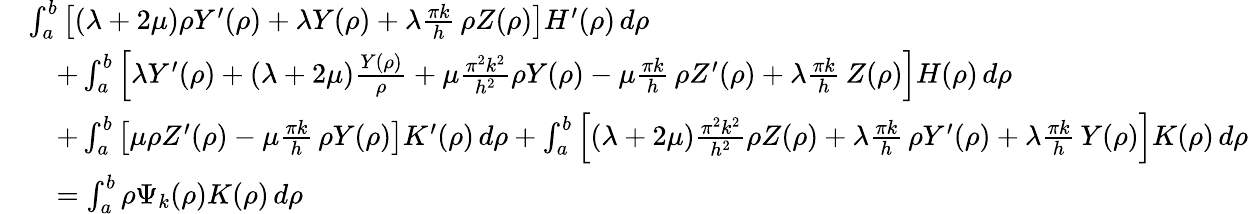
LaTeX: \begin{array}{rl}&{\int_{a}^{b}\left[(\lambda+2\mu)\rho Y^{\prime}(\rho)+\lambda Y(\rho)+\lambda\frac{\pi k}{h}\, \rho Z(\rho)\right]H^{\prime}(\rho)\, d\rho}\\ &{\quad+\int_{a}^{b}\left[\lambda Y^{\prime}(\rho)+(\lambda+2\mu)\frac{Y(\rho)}{\rho}+\mu\frac{\pi^{2}k^{2}}{h^{2}}\rho Y(\rho)-\mu\frac{\pi k}{h}\, \rho Z^{\prime}(\rho)+\lambda\frac{\pi k}{h}\, Z(\rho)\right]H(\rho)\, d\rho}\\ &{\quad+\int_{a}^{b}\left[\mu\rho Z^{\prime}(\rho)-\mu\frac{\pi k}{h}\, \rho Y(\rho)\right]K^{\prime}(\rho)\, d\rho+\int_{a}^{b}\left[(\lambda+2\mu)\frac{\pi^{2}k^{2}}{h^{2}}\rho Z(\rho)+\lambda\frac{\pi k}{h}\, \rho Y^{\prime}(\rho)+\lambda\frac{\pi k}{h}\, Y(\rho)\right]K(\rho)\, d\rho}\\ &{\quad=\int_{a}^{b}\rho\Psi_{k}(\rho)K(\rho)\, d\rho}\end{array}